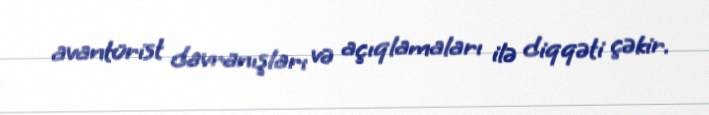
avantürist davranışları və açıqlamaları ilə diqqəti çəkir.